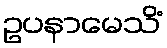
ဥပနာမေသိံ